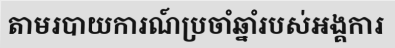
តាមរបាយការណ៍ប្រចាំឆ្នាំរបស់អង្គការ